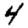
Digit: 4